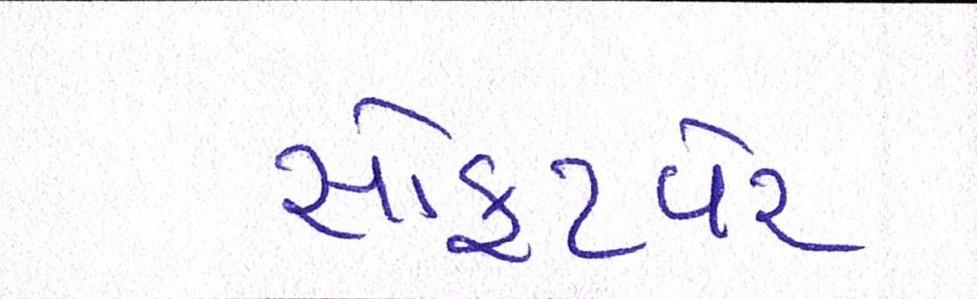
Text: સોફટવેર